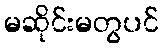
မဆိုင်းမတွပင်